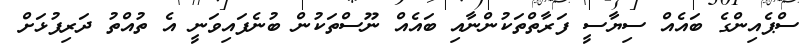
ސްޕެއިންގެ ބައެއް ސިޔާސީ ފަރާތްތަކުންނާއި ބައެއް ނޫސްތަކުން ބުނެފައިވަނީ އެ ތުއްތު ދަރިފުޅަށް